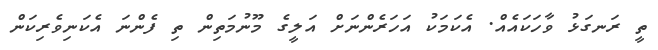
ތީ ރަނގަޅު ވާހަކައެއް. އެކަމަކު އަހަރެންނަށް އަލީގެ މޫނުމަތިން ތި ފެންނަ އެކަނިވެރިކަން